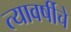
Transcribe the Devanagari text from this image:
त्यावर्षीचे